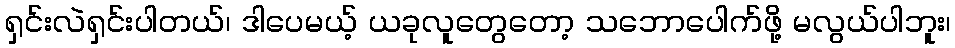
ရှင်းလဲရှင်းပါတယ်၊ ဒါပေမယ့် ယခုလူတွေတော့ သဘောပေါက်ဖို့ မလွယ်ပါဘူး၊